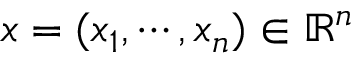
x = ( x _ { 1 } , \cdots , x _ { n } ) \in \mathbb { R } ^ { n }